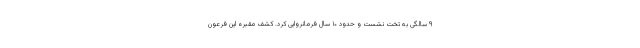
۹ سالگی به تخت نشست و حدود ۱۰ سال فرمانروایی کرد. کشف مقبره این فرعون